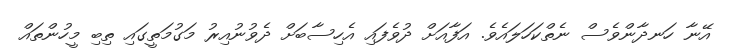
އޭނާ ހަނދާންވެސް ނެތްކަހަލައެވެ. އަފާއަށް ދުވެފައި އެހިސާބަށް ދެވުނުއިރު މަގުމަތީގައި ތިބި މީހުންތައް